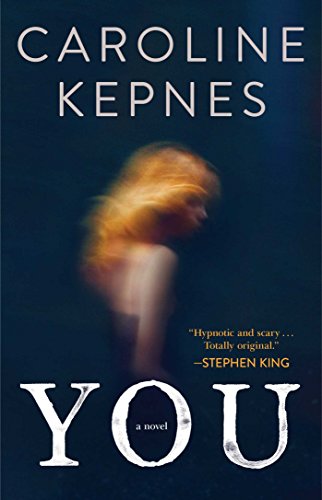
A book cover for You: A Novel; Caroline Kepnes; Mystery, Thriller & Suspense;